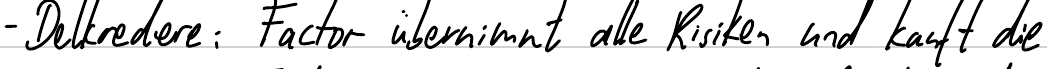
- Delkredere: Factor übernimmt alle Risiken und kauft die